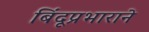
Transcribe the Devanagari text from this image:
बिंदूप्रभाराने